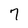
Character: 7